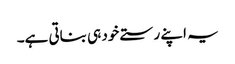
یہ اپنے رستے خود ہی بناتی ہے۔